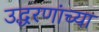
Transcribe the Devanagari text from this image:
उद्धरणांच्या